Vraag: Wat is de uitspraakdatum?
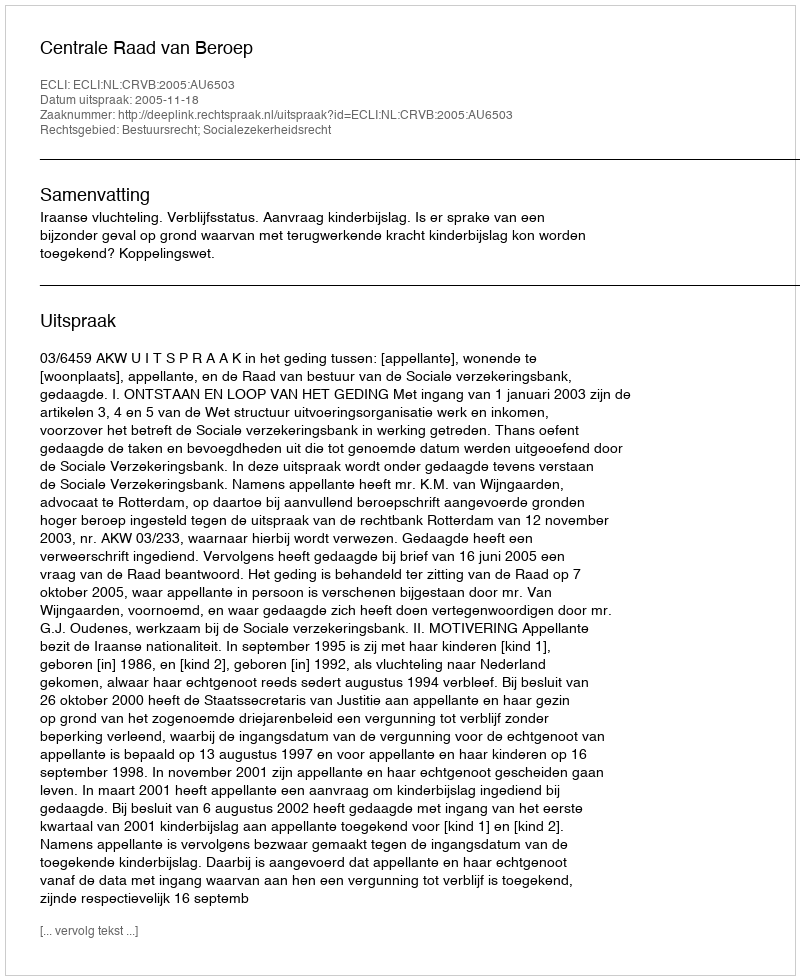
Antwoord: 2005-11-18